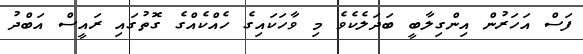
ފަސް އަހަރުން އިންގިލާބީ ބަދަލެކެވެ މި ވާހަކައިގެ ހެއްކެއްގެ ގޮތުގައި ރައީސް އަބްދު